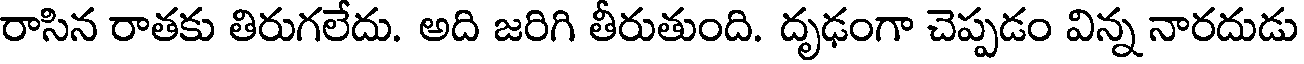
రాసిన రాతకు తిరుగలేదు. అది జరిగి తీరుతుంది. దృఢంగా చెప్పడం విన్న నారదుడు